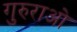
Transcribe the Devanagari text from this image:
गुरुराओ